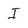
Character: I